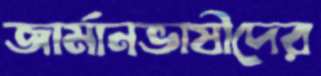
জার্মানভাষীদের